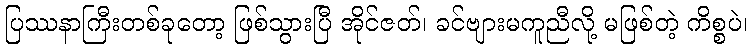
ပြဿနာကြီးတစ်ခုတော့ ဖြစ်သွားပြီ အိုင်ဇတ်၊ ခင်ဗျားမကူညီလို့ မဖြစ်တဲ့ ကိစ္စပဲ၊